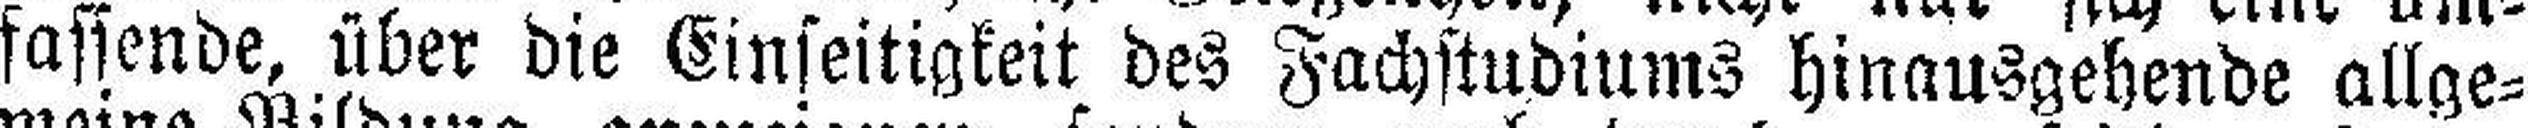
fassende, über die Einseitigkeit des Fachstudiums hinausgehende allge¬